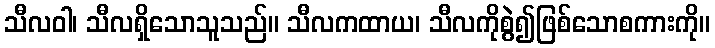
သီလဝါ၊ သီလရှိသောသူသည်။ သီလကထာယ၊ သီလကိုစွဲ၍ဖြစ်သောစကားကို။